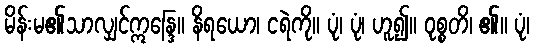
မိန်းမ၏သာလျှင်ဣန္ဒြေ။ နိရယော၊ ငရဲကို။ ပုံ၊ ပုံ၊ ဟူ၍။ ဝုစ္စတိ၊ ၏။ ပုံ၊